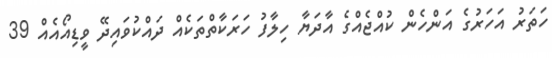
ހަތަރު އަހަރުގެ އަންހެން ކުއްޖެއްގެ އާދަޔާ ހިލާފު ހަރަކާތްތަކެއް ދައްކުވައިދޭ ވީޑިއޯއެއް 39